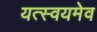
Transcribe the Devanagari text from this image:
यत्स्वयमेव